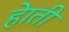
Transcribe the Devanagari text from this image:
हेाती